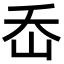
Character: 岙